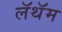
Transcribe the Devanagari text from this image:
लॅथॅम